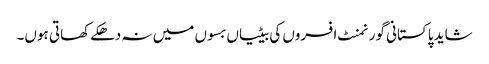
شاید پاکستانی گورنمنٹ افسروں کی بیٹیاں بسوں میں نہ دھکے کھاتی ہوں۔